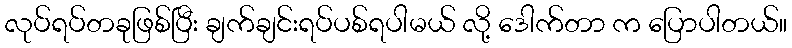
လုပ်ရပ်တခုဖြစ်ပြီး ချက်ချင်းရပ်ပစ်ရပါမယ် လို့ ဒေါက်တာ က ပြောပါတယ်။